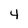
Character: 4